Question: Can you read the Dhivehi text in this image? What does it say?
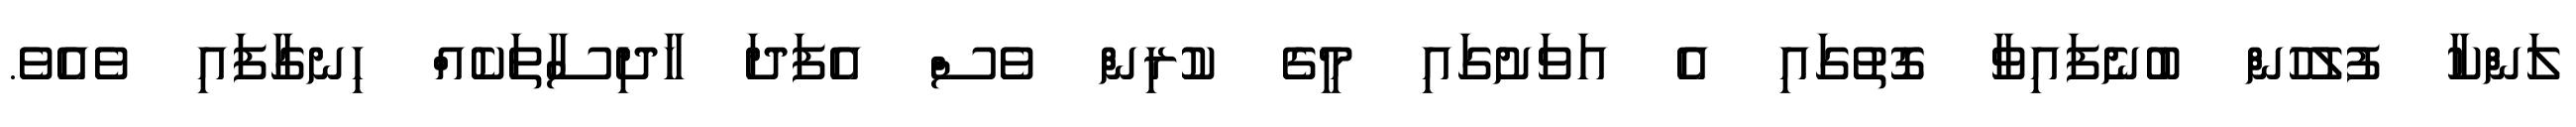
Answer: ލަންކާ ފުލުހުން ބުނެފައިވާ ގޮތުގައި އެ އަވަށުގައި މީގެ ކުރިން ވެސް އެފަދަ ހާދިސާތަކެއް ހިނގާފައި ވެއެވެ.